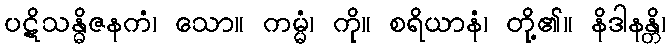
ပဋိသန္ဓိဇနကံ၊ သော။ ကမ္မံ၊ ကို။ စရိယာနံ၊ တို့၏။ နိဒါနန္တိ၊